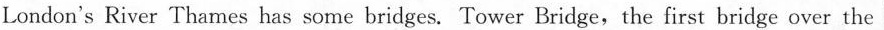
London's River Thames has some bridges. Tower Bridge,the first bridge over the